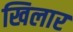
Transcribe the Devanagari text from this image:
खिलार